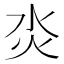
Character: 𤆲